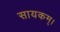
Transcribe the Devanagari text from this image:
सायकम्।